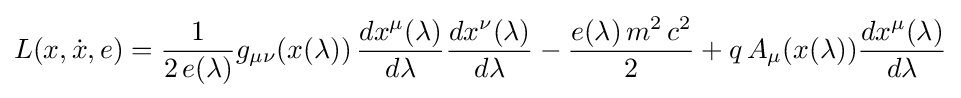
L(x,{\dot {x}},e)={\frac {1}{2\,e(\lambda )}}g_{\mu \nu }(x(\lambda ))\,{\frac {dx^{\mu }(\lambda )}{d\lambda }}{\frac {dx^{\nu }(\lambda )}{d\lambda }}-{\frac {e(\lambda )\,m^{2}\,c^{2}}{2}}+q\,A_{\mu }(x(\lambda )){\frac {dx^{\mu }(\lambda )}{d\lambda }}